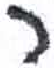
אות: ר